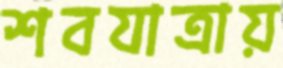
শবযাত্রায়